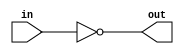
module cmos_not_gate (
    input wire in,
    output wire out
);

assign out = ~in;

endmodule